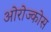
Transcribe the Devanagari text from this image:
ओरोज्कोस